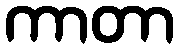
ကာတာ